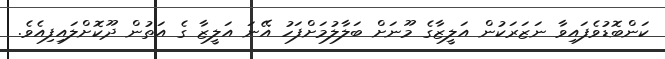
ކަންބޮޑުވެފައިވާ ނަޒަރަކުން އަލީޒާގެ މޫނަށް ބަލާލުމަށްފަހު އޭނަ އަލީޒާ ގެ އަތުން ދޫކޮށްލައިފިއެވެ.